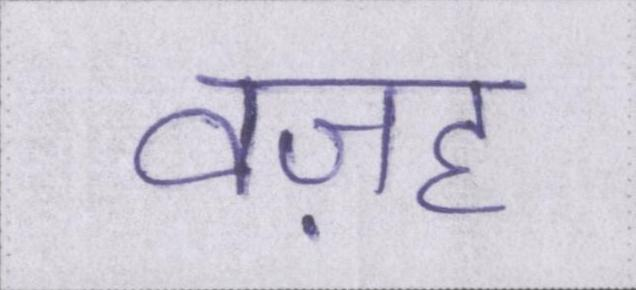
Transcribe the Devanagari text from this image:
वज़ह